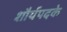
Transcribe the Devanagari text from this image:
शौर्यपदके